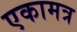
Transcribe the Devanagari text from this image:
एकामत्र